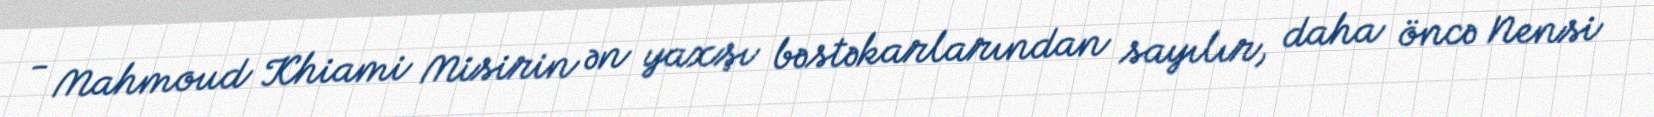
- Mahmoud Khiami Misirin ən yaxşı bəstəkarlarından sayılır, daha öncə Nensi